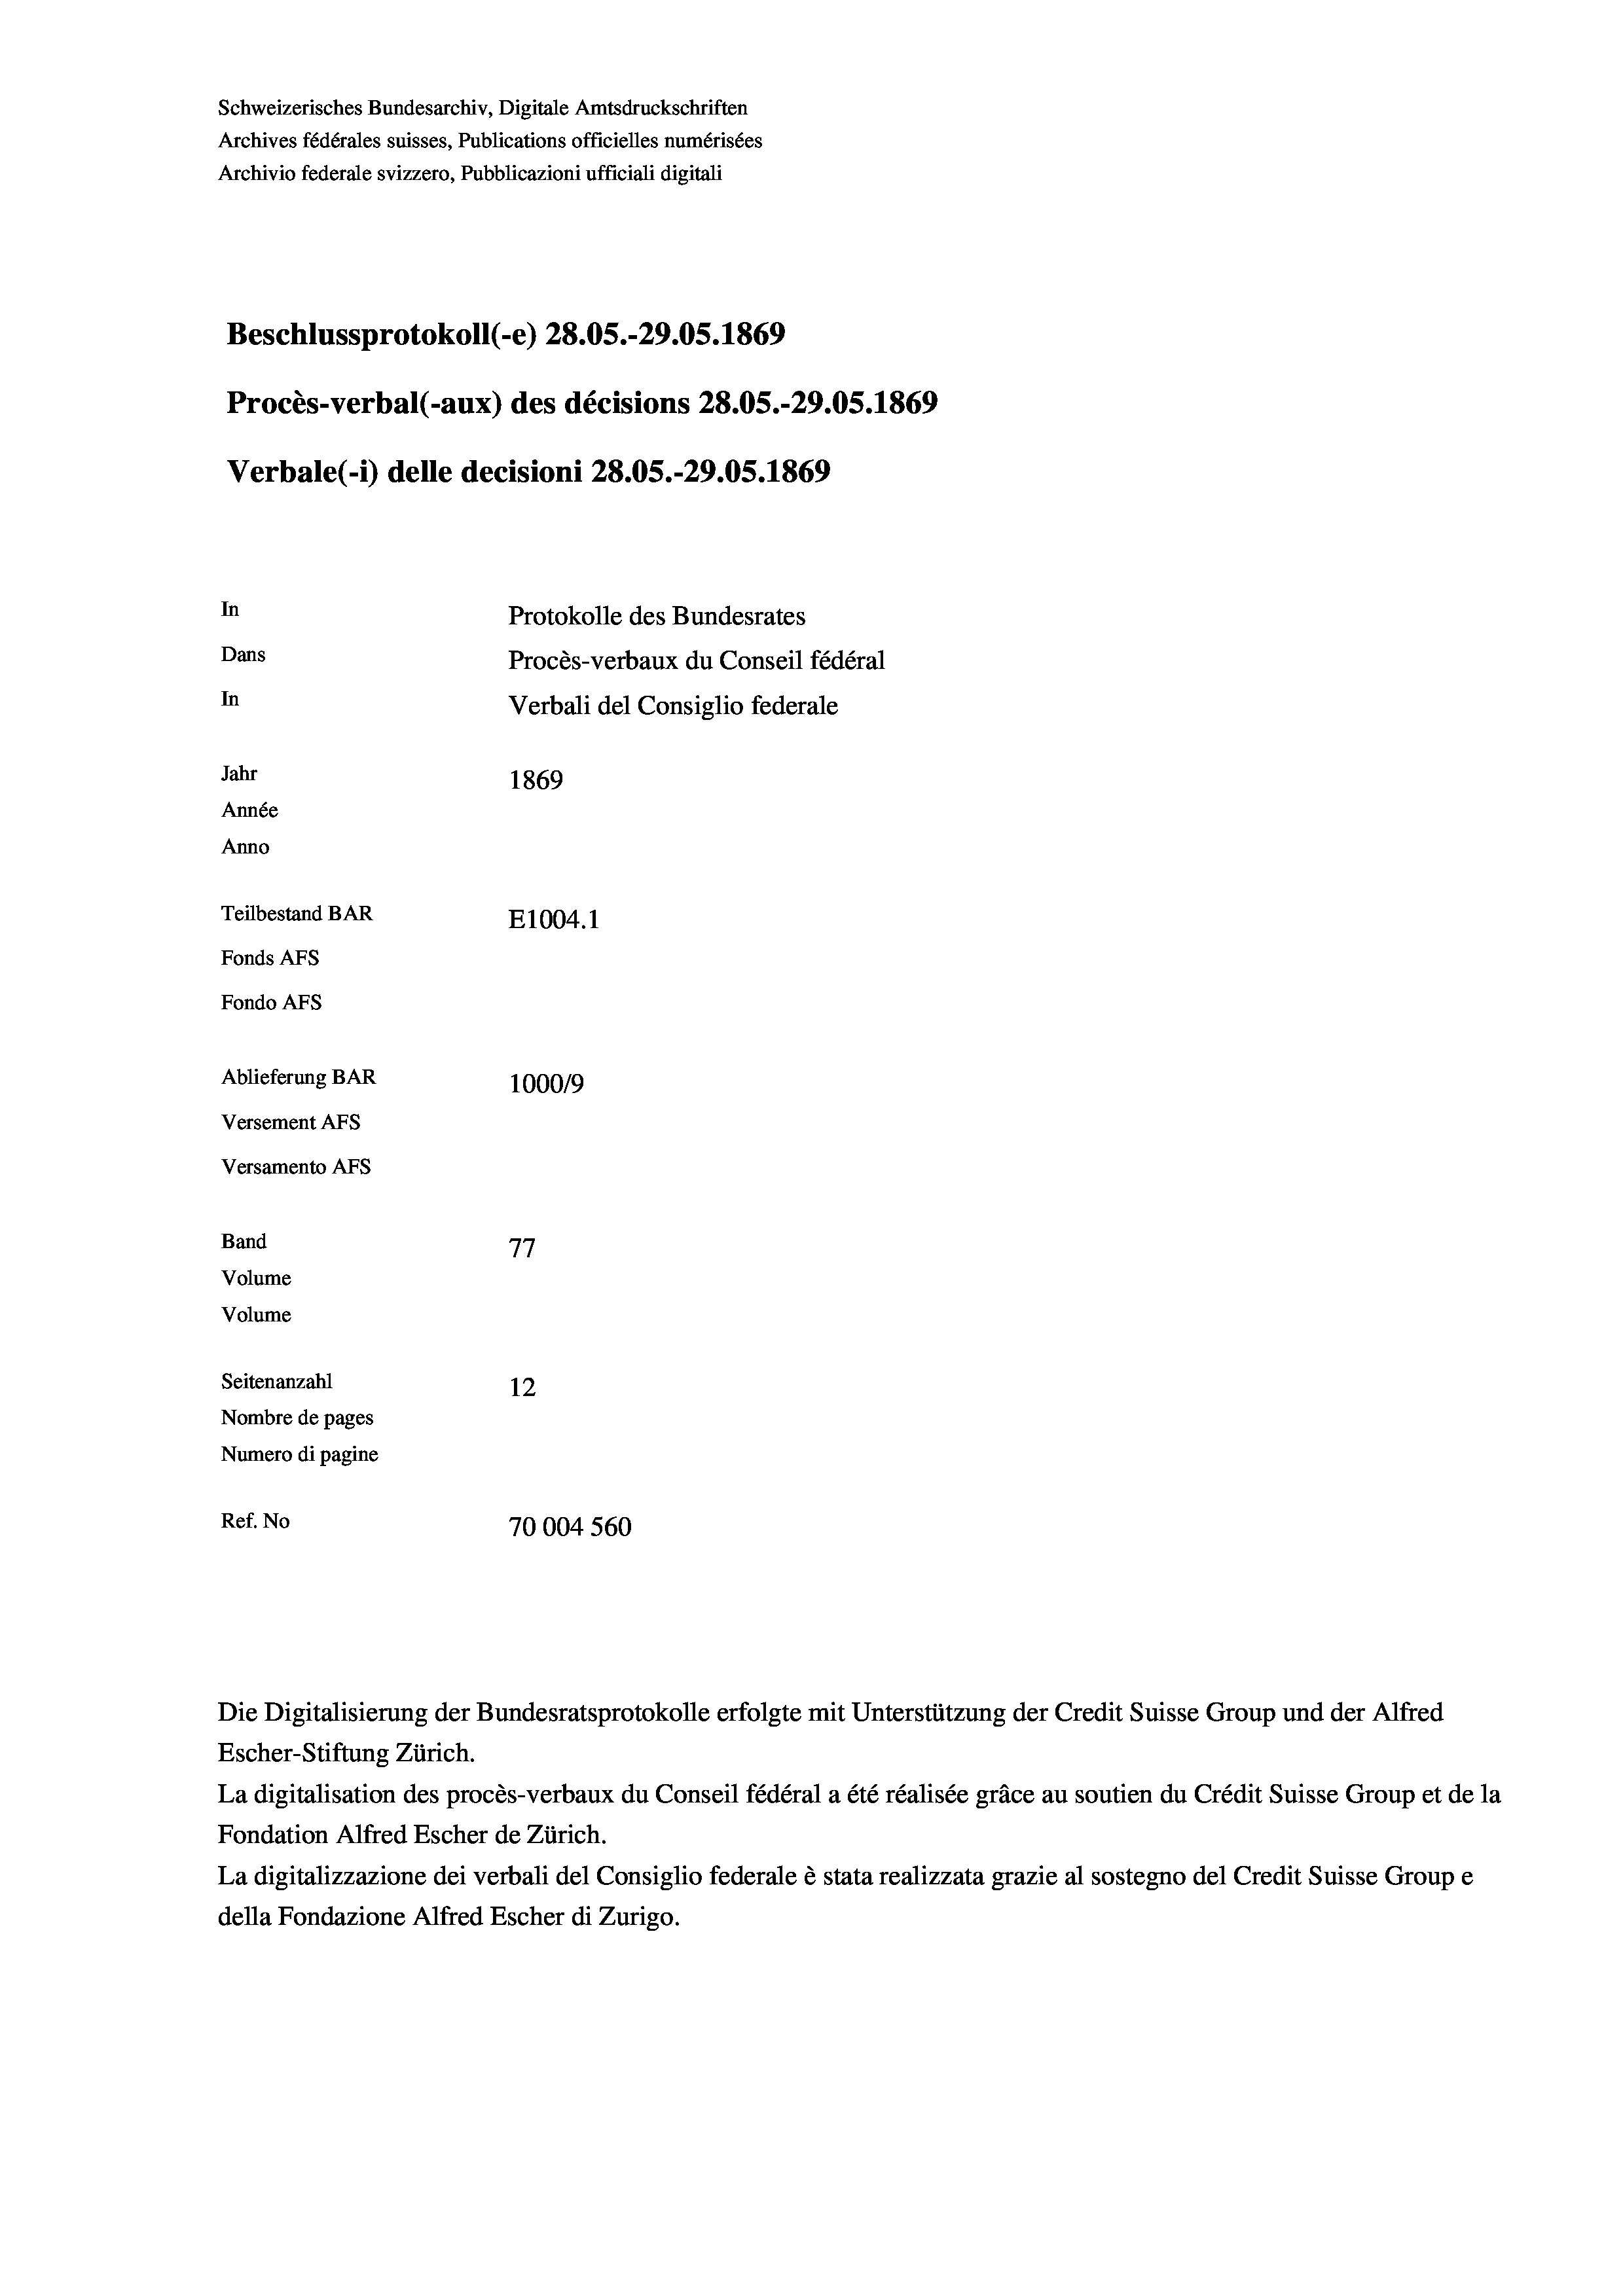
Schweizerisches Bundesarchiv, Digitale Amtsdruckschriften
Archives fédérales suisses, Publications officielles numérisées
Archivio federale svizzero, Pubblicazioni ufficiali digitali
Beschlussprotokoll (-e) 28.05.-29.05. 1869
Procès-verbal (-aux) des décisions 28.05.-29.05. 1869
Verbale (- 1) delle decisioni 28.05.-29.05. 1869
In
Protokolle des Bundesrates
Dans
Procès-verbaux du Conseil fédéral
In
Verbali del Consiglio federale
Jahr
1869
Année
Anno
Teilbestand BAR
E1004.1
Fonds Afs
Fondo Afs
Ablieferung BAR
100019
Versement AFS
Versamento Afs
Band
77
Volume
Volume
Seitenanzahl
12
Nombre de pages
Numero di pagine
Ref. No
70004 560

Escher-Stiftung Zürich.
La digitalisation des procès-verbaux du Conseil fédéral a été réalisée gräce au soutien du Crédit Suisse Group et de la
Fondation Alfred Escher de Zürich.
La digitalizzazione dei verbali del Consiglio federale è stata realizzata grazie al sostegno del Credit Suisse Groupe
della Fondazione Alfred Escher di Zurigo.

Die Digitalisierung der Bundesratsprotokolle erfolgte mit Unterstützung der Credit Suisse Group und der Alfred